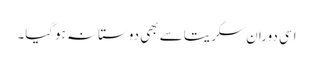
اسی دوران سکریتا سے بھی دوستانہ ہوگیا۔